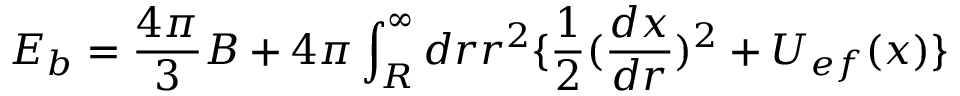
{ \cal E } _ { b } = \frac { 4 \pi } { 3 } B + 4 \pi \int _ { R } ^ { \infty } d r r ^ { 2 } \{ \frac { 1 } { 2 } ( \frac { d x } { d r } ) ^ { 2 } + U _ { e f } ( x ) \}